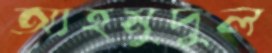
আহমুদুল